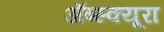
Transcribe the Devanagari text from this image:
ॲब्स्क्यूरा